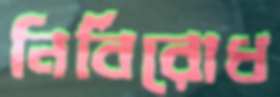
নির্বিরোধ